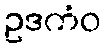
ဥဒကံဝ